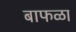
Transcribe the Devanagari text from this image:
बाफळा